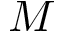
M